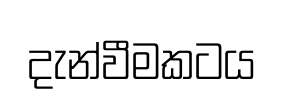
දැන්වීමකටය